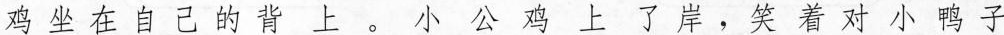
鸡 坐 在 自 己 的 背 上 。 小 公 鸡 上 了 岸 ， 笑 着 对 小 鸭 子